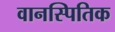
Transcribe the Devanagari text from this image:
वानस्पितिक